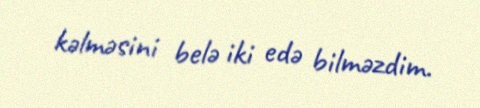
kəlməsini belə iki edə bilməzdim.